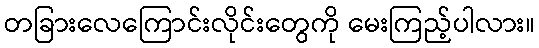
တခြားလေကြောင်းလိုင်းတွေကို မေးကြည့်ပါလား။